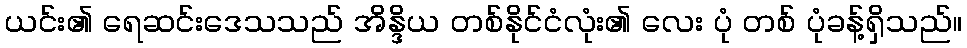
ယင်း၏ ရေဆင်းဒေသသည် အိန္ဒိယ တစ်နိုင်ငံလုံး၏ လေး ပုံ တစ် ပုံခန့်ရှိသည်။